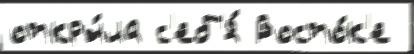
откры́ла с'еб'я́ Восто́к'е